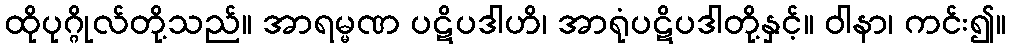
ထိုပုဂ္ဂိုလ်တို့သည်။ အာရမ္မဏ ပဋိပဒါဟိ၊ အာရုံပဋိပဒါတို့နှင့်။ ဝါနာ၊ ကင်း၍။